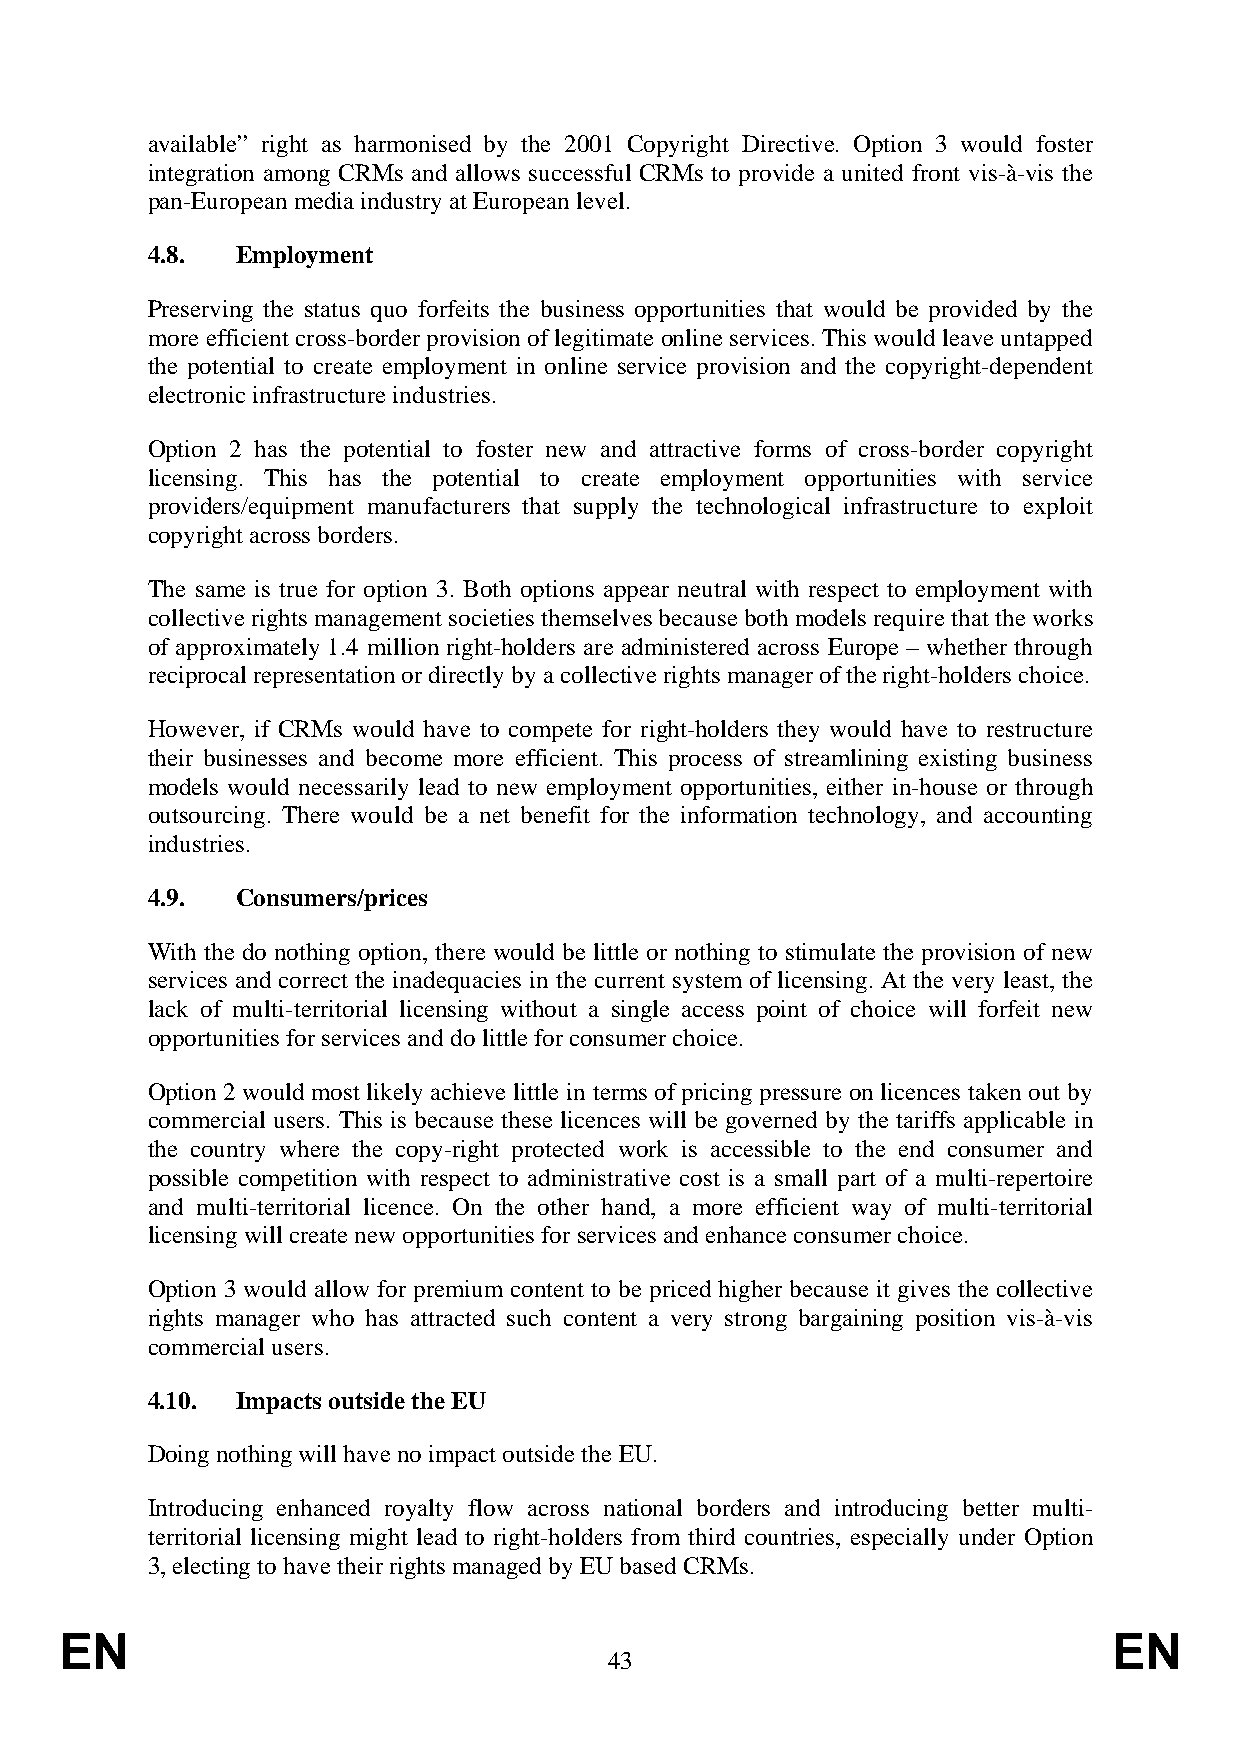
available” right as harmonised by the 2001 Copyright Directive. Option 3 would foster
 integration among CRMs and allows successful CRMs to provide a united front vis-à-vis the
 pan-European media industry at European level.
 4.8.  Employment
 Preserving the status quo forfeits the business opportunities that would be provided by the
 more efficient cross-border provision of legitimate online services. This would leave untapped
 the potential to create employment in online service provision and the copyright-dependent
 electronic infrastructure industries.
 Option 2 has the potential to foster new and attractive forms of cross-border copyright
 licensing. This has the potential to create employment opportunities with service
 providers/equipment manufacturers that supply the technological infrastructure to exploit
 copyright across borders.
 The same is true for option 3. Both options appear neutral with respect to employment with
 collective rights management societies themselves because both models require that the works
 of approximately 1.4 million right-holders are administered across Europe – whether through
 reciprocal representation or directly by a collective rights manager of the right-holders choice.
 However, if CRMs would have to compete for right-holders they would have to restructure
 their businesses and become more efficient. This process of streamlining existing business
 models would necessarily lead to new employment opportunities, either in-house or through
 outsourcing. There would be a net benefit for the information technology, and accounting
 industries.
 4.9.  Consumers/prices
 With the do nothing option, there would be little or nothing to stimulate the provision of new
 services and correct the inadequacies in the current system of licensing. At the very least, the
 lack of multi-territorial licensing without a single access point of choice will forfeit new
 opportunities for services and do little for consumer choice.
 Option 2 would most likely achieve little in terms of pricing pressure on licences taken out by
 commercial users. This is because these licences will be governed by the tariffs applicable in
 the country where the copy-right protected work is accessible to the end consumer and
 possible competition with respect to administrative cost is a small part of a multi-repertoire
 and multi-territorial licence. On the other hand, a more efficient way of multi-territorial
 licensing will create new opportunities for services and enhance consumer choice.
 Option 3 would allow for premium content to be priced higher because it gives the collective
 rights manager who has attracted such content a very strong bargaining position vis-à-vis
 commercial users.
 4.10. Impacts outside the EU
 Doing nothing will have no impact outside the EU.
 Introducing enhanced royalty flow across national borders and introducing better multi-
 territorial licensing might lead to right-holders from third countries, especially under Option
 3, electing to have their rights managed by EU based CRMs.
 EN                                                                    EN
 43